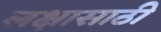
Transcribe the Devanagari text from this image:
लक्षासाठी